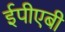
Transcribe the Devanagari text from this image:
ईपीएबी